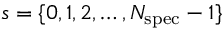
s = \{ 0 , 1 , 2 , \ldots , N _ { \mathrm { s p e c } } - 1 \}